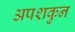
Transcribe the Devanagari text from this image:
अपशकुुन